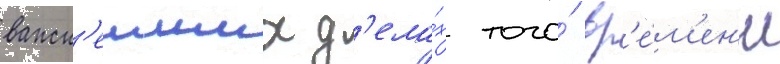
важн'еиших д'ела́х того́ вр'е́м'ен'и